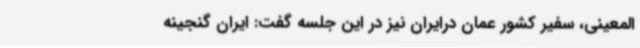
المعینی، سفیر کشور عمان درایران نیز در این جلسه گفت: ایران گنجینه